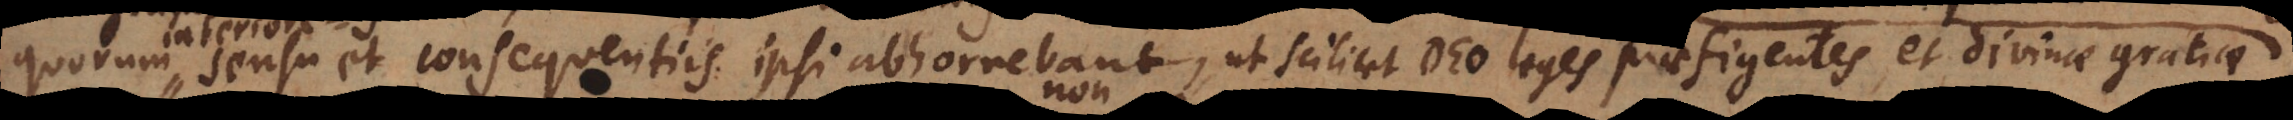
quorum sensu et consequentiis ipsi abhorrebant, ut scilicet Deo leges praefigentes, et divinae gratiae